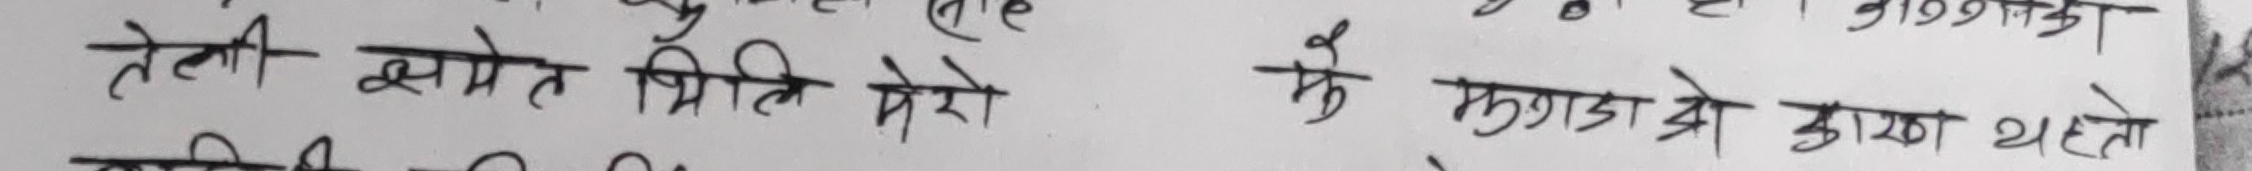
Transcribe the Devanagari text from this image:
तेली क्षेत्रे त प्रिति मेरो
कै झगडाओ काँडा थेलो